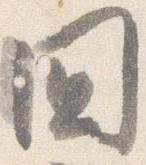
国